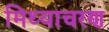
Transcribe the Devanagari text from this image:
मिथ्याचरण